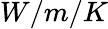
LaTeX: W/m/K